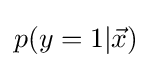
p(y=1|{\vec {x}})